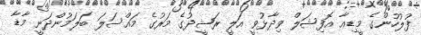
ފުލުހުންގެ މީޑިއާ އޮފިޝަލް ވިދާޅުވީ އަލީ ރަޝީދުގެ މަރުގެ މައްސަލަ ބަލަމުންދަނީ މާޑާ